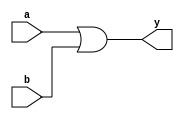
module or_gate_s(a,b,y);
input a,b;
output y;

or(y,a,b);
                
endmodule